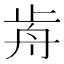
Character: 歬